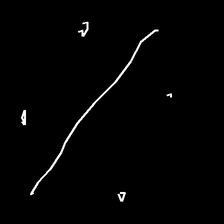
Glyph: cool